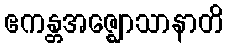
ဧကန္တအဇ္ဈောသာနာတိ